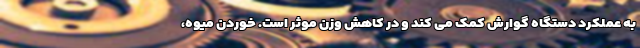
به عملکرد دستگاه گوارش کمک می کند و در کاهش وزن موثر است. خوردن میوه،